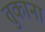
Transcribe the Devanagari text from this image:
तुकाना